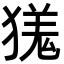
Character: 獇